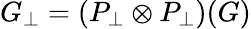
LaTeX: G_{\perp}=(P_{\perp}\otimes P_{\perp})(G)